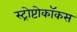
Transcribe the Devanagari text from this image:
स्ट्रोप्टोकॉकस